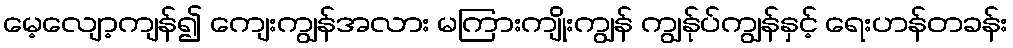
မေ့လျော့ကျန်၍ ကျေးကျွန်အလား မကြားကျိုးကျွန် ကျွန်ုပ်ကျွန်နှင့် ရေးဟန်တခန်း